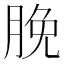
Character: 脕